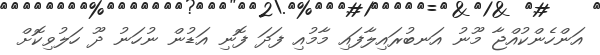
އަންހެންކުއްޖާ މޫނު އަނބުރައިލާފައި މާމުއި ފަދަ ފޮނި އަޑުން ނުހަނު ދޫ ހަލުވިކޮށް